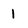
Character: l